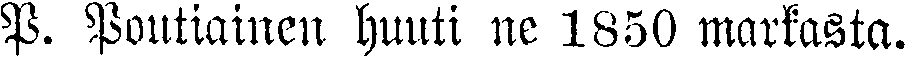
P. Poutiainen huuti ne 1850, markasta.